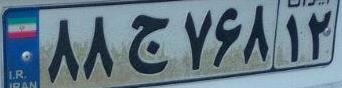
۸۸ج۷۶۸۱۲